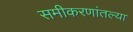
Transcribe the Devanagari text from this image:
समीकरणांतल्या